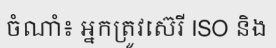
ចំណាំ៖ អ្នកត្រូវស៊េរី ISO និង